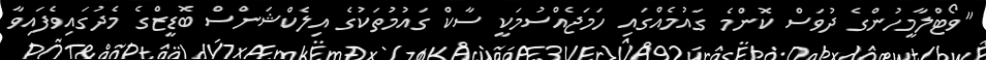
"ވޯޓްލާމީހުންގެ ދުވަސް ކޮންމެ ގައުމެއްގައި ހަމަޖެއްސުމަކީ ސާކް ގައުމުތަކުގެ އިލެކްޝަންސް ބޮޑީޒްގެ މެދުގައިވެފައިވާ